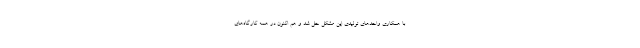
با همکاری واحدهای تولیدی این مشکل حل شد و هم اکنون در همه کارگاه‌های